Indian journal of veterinary science and animal husbandry - Volume 13,
Year: 1943
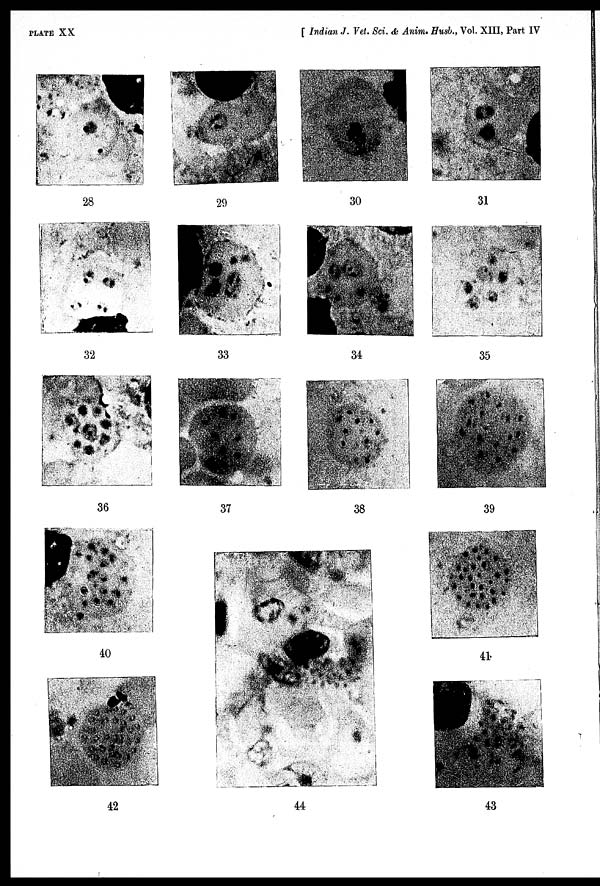
PLATE XX
[ Indian J. Vet. Sci. & Anim. Husb., Vol. XIII, Part IV